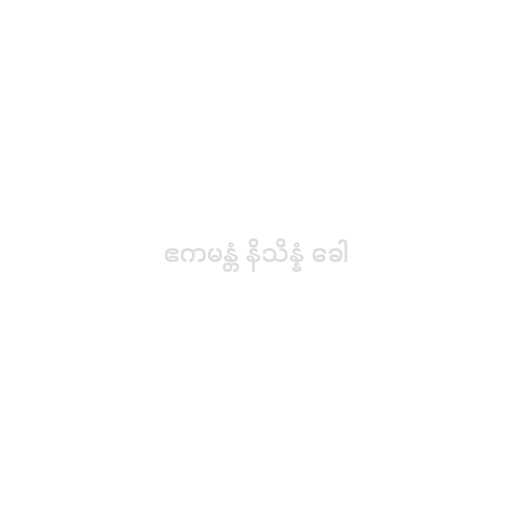
ဧကမန္တံ နိသိန္နံ ခေါ